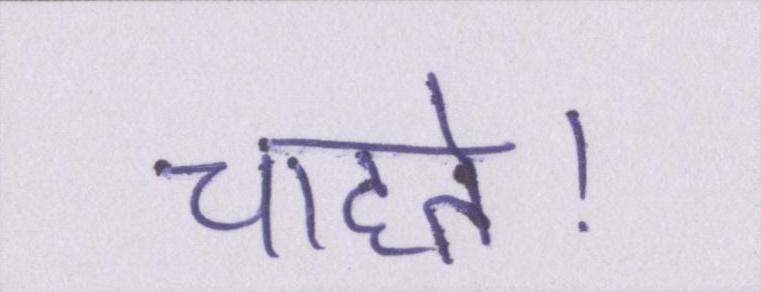
चाहते।